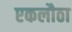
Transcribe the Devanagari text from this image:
एकलौठा